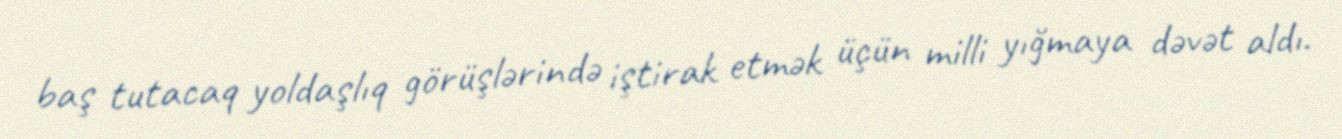
baş tutacaq yoldaşlıq görüşlərində iştirak etmək üçün milli yığmaya dəvət aldı.